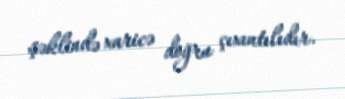
şəklində xaricə doğru çıxıntılıdır.